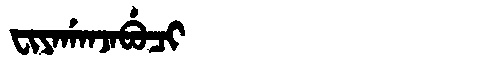
Manchu: ᠸᡳᠶᠠᡤᠠᠨᠵᠠᠪᡠᠴᡳ
Romanization: FIYAGANJABUCI